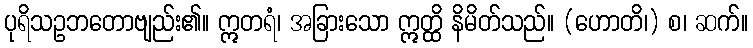
ပုရိသဥဘတောဗျည်း၏။ ဣတရံ၊ အခြားသော ဣတ္ထိ နိမိတ်သည်။ (ဟောတိ၊) စ၊ ဆက်။